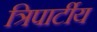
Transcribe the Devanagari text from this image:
त्रिपार्टीय